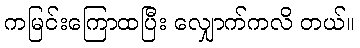
ကမြင်းကြောထပြီး လျှောက်ကလိ တယ်။